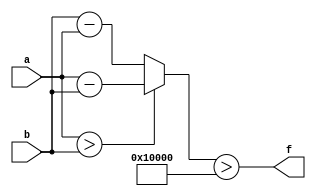
module wce_mit(a, b, f);
parameter _bit = 129;
parameter wce = 65536;
input [_bit - 1: 0] a;
input [_bit - 1: 0] b;
output f;
wire [_bit - 1: 0] diff;
assign diff = (a > b)? (a - b): (b - a);
assign f = (diff > wce);
endmodule